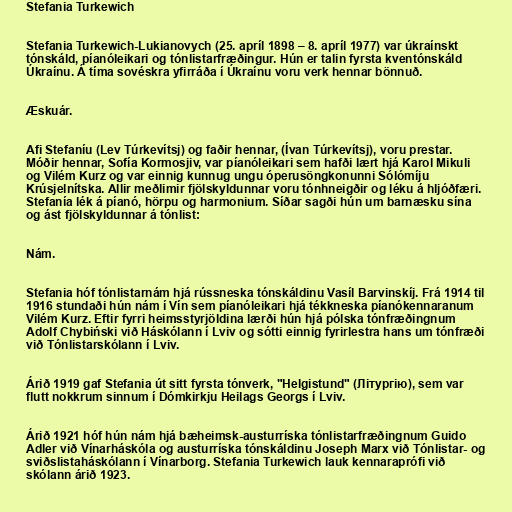
Stefania Turkewich

Stefania Turkewich-Lukianovych (25. apríl 1898 – 8. apríl 1977) var úkraínskt
tónskáld, píanóleikari og tónlistarfræðingur. Hún er talin fyrsta kventónskáld
Úkraínu. Á tíma sovéskra yfirráða í Úkraínu voru verk hennar bönnuð.

Æskuár.

Afi Stefaníu (Lev Túrkevítsj) og faðir hennar, (Ívan Túrkevítsj), voru prestar.
Móðir hennar, Sofía Kormosjiv, var píanóleikari sem hafði lært hjá Karol Mikuli
og Vilém Kurz og var einnig kunnug ungu óperusöngkonunni Sólómíju
Krúsjelnítska. Allir meðlimir fjölskyldunnar voru tónhneigðir og léku á hljóðfæri.
Stefanía lék á píanó, hörpu og harmonium. Síðar sagði hún um barnæsku sína
og ást fjölskyldunnar á tónlist:

Nám.

Stefania hóf tónlistarnám hjá rússneska tónskáldinu Vasíl Barvinskíj. Frá 1914 til
1916 stundaði hún nám í Vín sem píanóleikari hjá tékkneska píanókennaranum
Vilém Kurz. Eftir fyrri heimsstyrjöldina lærði hún hjá pólska tónfræðingnum
Adolf Chybiński við Háskólann í Lviv og sótti einnig fyrirlestra hans um tónfræði
við Tónlistarskólann í Lviv.

Árið 1919 gaf Stefania út sitt fyrsta tónverk, "Helgistund" (Літургію), sem var
flutt nokkrum sinnum í Dómkirkju Heilags Georgs í Lviv.

Árið 1921 hóf hún nám hjá bæheimsk-austurríska tónlistarfræðingnum Guido
Adler við Vínarháskóla og austurríska tónskáldinu Joseph Marx við Tónlistar- og
sviðslistaháskólann í Vínarborg. Stefania Turkewich lauk kennaraprófi við
skólann árið 1923.